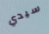
سيدي